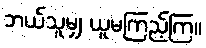
ဘယ်သူမျှ ယူမကြည့်ကြ။